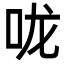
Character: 咙